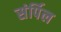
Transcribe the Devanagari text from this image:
संर्पिल